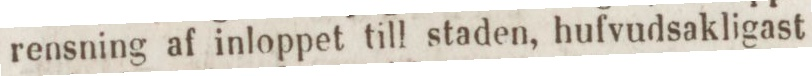
rensning af inloppet till staden, hufvudsakligast